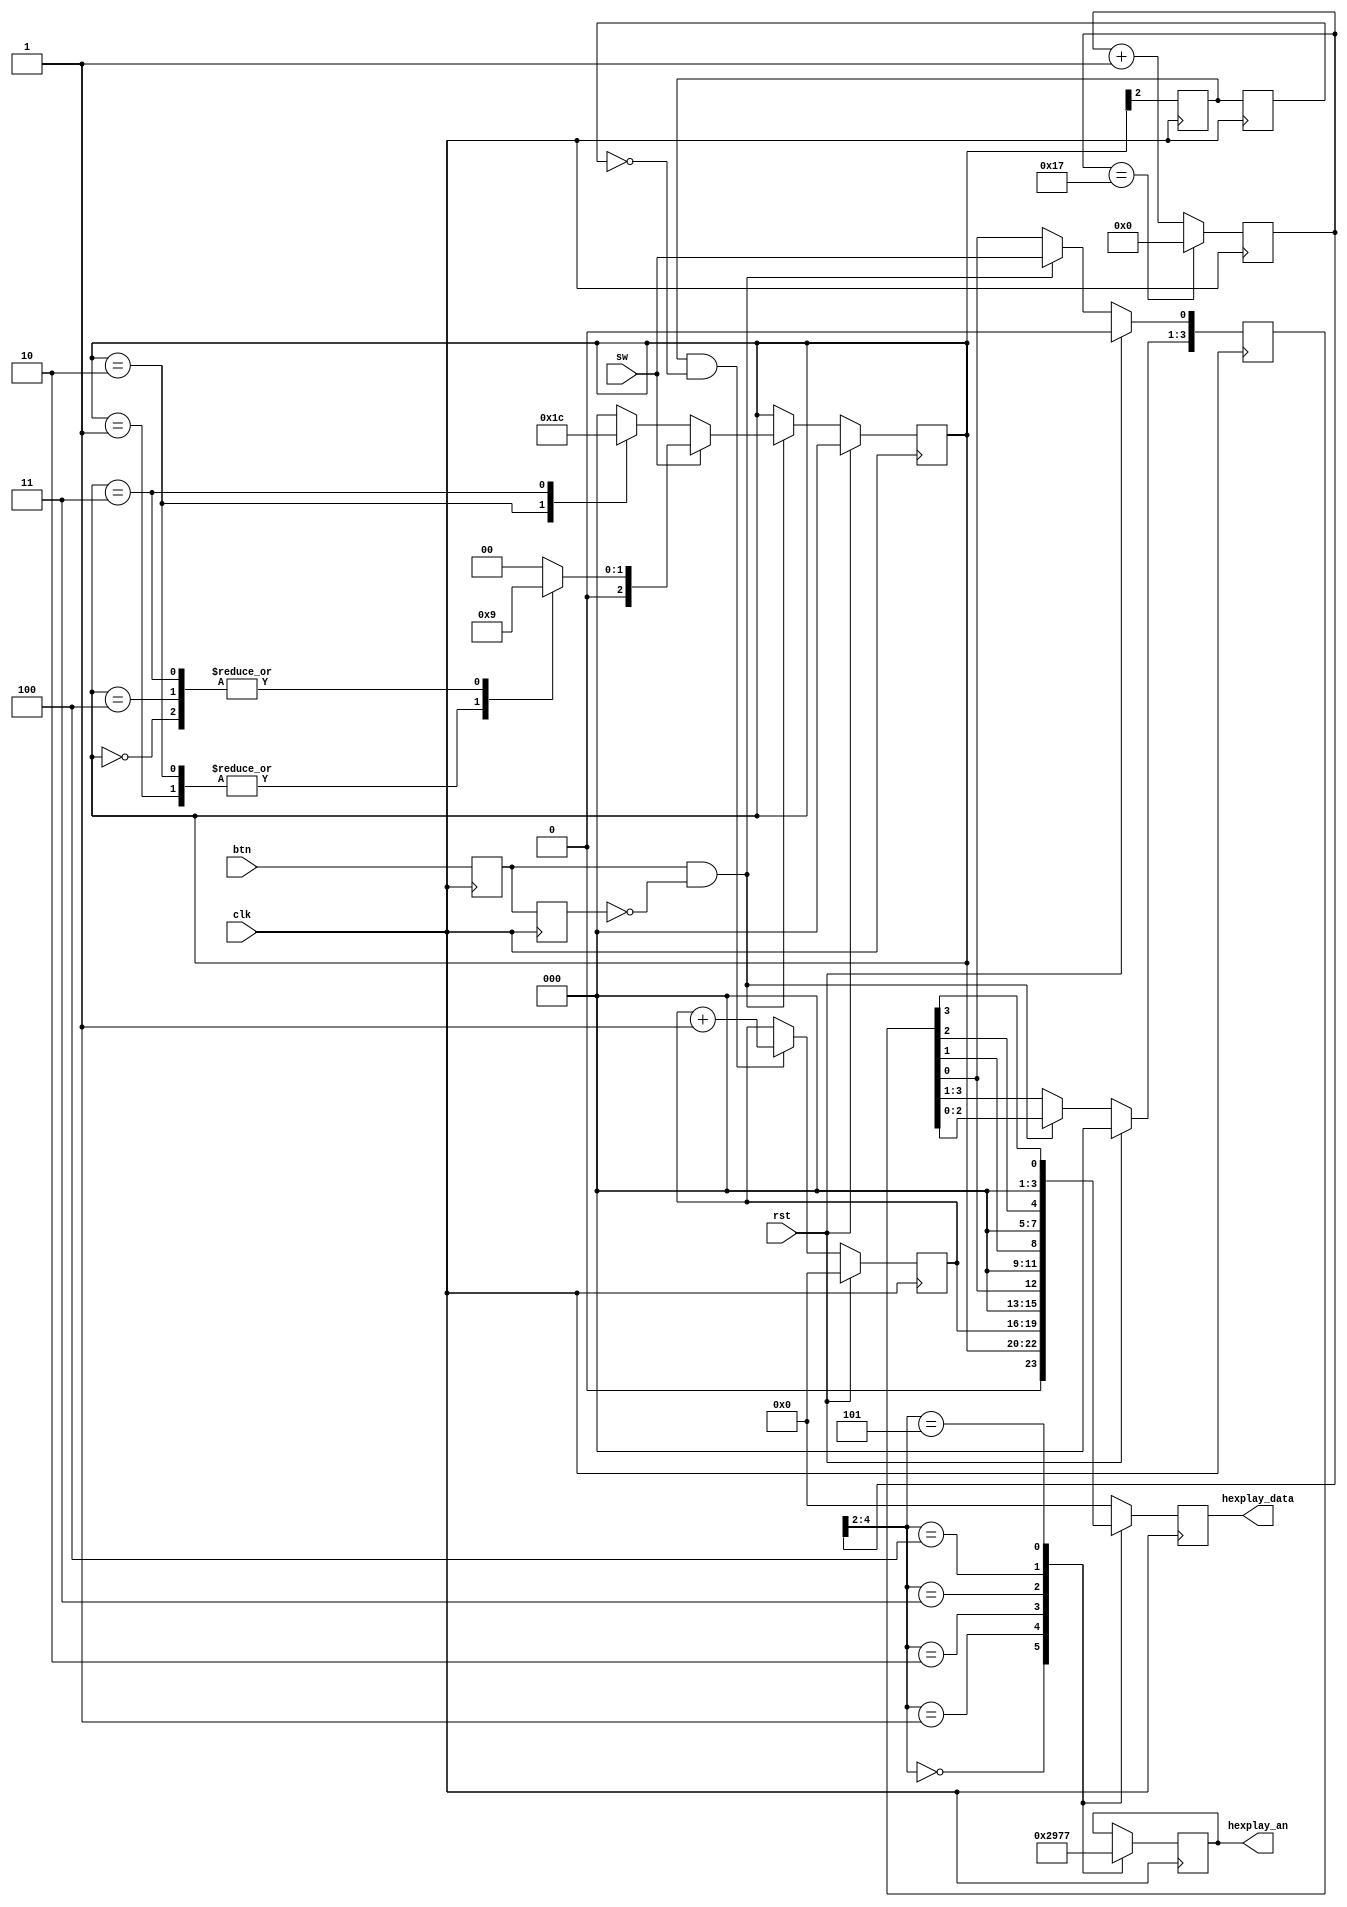
`timescale 1ns / 1ps
//////////////////////////////////////////////////////////////////////////////////
// Company: 
// Engineer: 
// 
// Design Name: 
// Module Name: lab8_4
// Project Name: 
// Target Devices: 
// Tool Versions: 
// Description: 
// 
// Dependencies: 
// 
// Revision:
// Revision 0.01 - File Created
// Additional Comments:
// 
//////////////////////////////////////////////////////////////////////////////////


module lab8_4(
input clk, rst, sw, btn,
output reg [2:0] hexplay_an,
output reg [3:0] hexplay_data);
// 
reg [2:0] cur, next;
always @(*) begin
    if (sw)
    case (cur)
        3'b000: next = 1;
        3'b001: next = 2;
        3'b010: next = 2;
        3'b011: next = 1;
        3'b100: next = 1;
        default: next = 0;
    endcase
    else
    case (cur)
        3'b010: next = 3;
        3'b011: next = 4;
        default: next = 0;
    endcase
end
// 
reg temp1, temp2;
wire btn_pulse;
always @(posedge clk) temp1 <= btn;
always @(posedge clk) temp2 <= temp1;
assign btn_pulse = temp1 & (~temp2);
reg [3:0] recent;
always @(posedge clk) begin
    if (rst) begin
        cur <= 0;
        recent <= 0;
    end
    else if (btn_pulse) begin
        cur <= next;
        recent <= recent << 1;
        recent[0] <= sw;
    end
    else begin
        cur <= cur;
        recent <= recent;
    end
end
// 
reg state1, state2;
wire state_pulse;
always @(posedge clk) state1 <= cur[2];
always @(posedge clk) state2 <= state1;
assign state_pulse = state1 & (~state2);
reg [3:0] out;
always @(posedge clk) begin
    if (rst)
        out <= 0;
    else if (state_pulse)
        out <= out + 1;
    else
        out <= out;
end
reg [4:0] cnt;
always @(posedge clk) begin
    if (cnt == 5'b10111)
        cnt <= 5'b0;
    else
        cnt <= cnt + 1;
    case (cnt[4:2])
        0: begin
            hexplay_an <= 3'b000;
            hexplay_data <= {1'b0, cur};
        end
        1: begin
            hexplay_an <= 3'b010;
            hexplay_data <= out;
        end
        2: begin
            hexplay_an <= 3'b100;
            hexplay_data <= {3'b0, recent[0]};
        end
        3: begin
            hexplay_an <= 3'b101;
            hexplay_data <= {3'b0, recent[1]};
        end
        4: begin
            hexplay_an <= 3'b110;
            hexplay_data <= {3'b0, recent[2]};
        end
        5: begin
            hexplay_an <= 3'b111;
            hexplay_data <= {3'b0, recent[3]};
        end
        default: hexplay_data <= 4'b0;
    endcase
end
endmodule